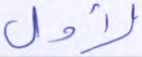
لأول